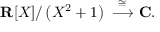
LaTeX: \mathbf { R } [ X ] / \left( X ^ { 2 } + 1 \right) \ { \stackrel { \cong } { \longrightarrow } } \ \mathbf { C } .